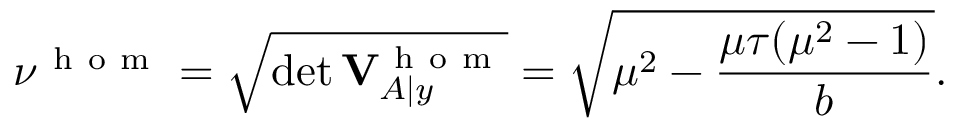
\nu ^ { \mathrm { ~ h ~ o ~ m ~ } } = \sqrt { \operatorname* { d e t } \mathbf { V } _ { A | y } ^ { \mathrm { ~ h ~ o ~ m ~ } } } = \sqrt { \mu ^ { 2 } - \frac { \mu \tau ( \mu ^ { 2 } - 1 ) } { b } } .